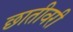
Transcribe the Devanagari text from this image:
छातीवरी